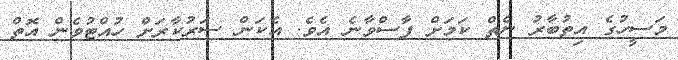
މަސީހުގެ އިތުބާރު ނެތް ކަމަށް ފާސްވާނެ އެވެ. އެކަން ސަރުކާރަށް ހުއްޓުވެން އޮތް